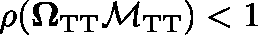
\rho ( \mathbf { \Omega } _ { \mathrm { T T } } \mathbf { \mathcal { M } } _ { \mathrm { T T } } ) < 1